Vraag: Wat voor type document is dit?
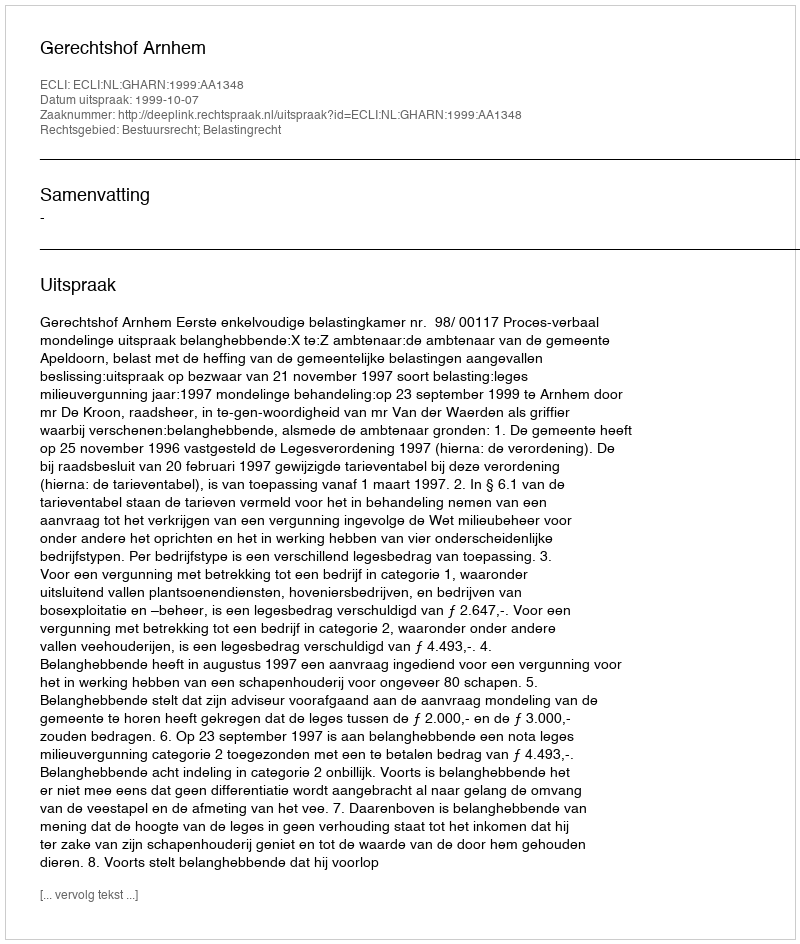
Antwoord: Uitspraak